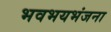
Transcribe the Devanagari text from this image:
भवभयभंजना